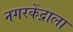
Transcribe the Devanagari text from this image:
नगरकेंद्राला